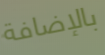
بالإضافة